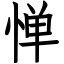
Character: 惮